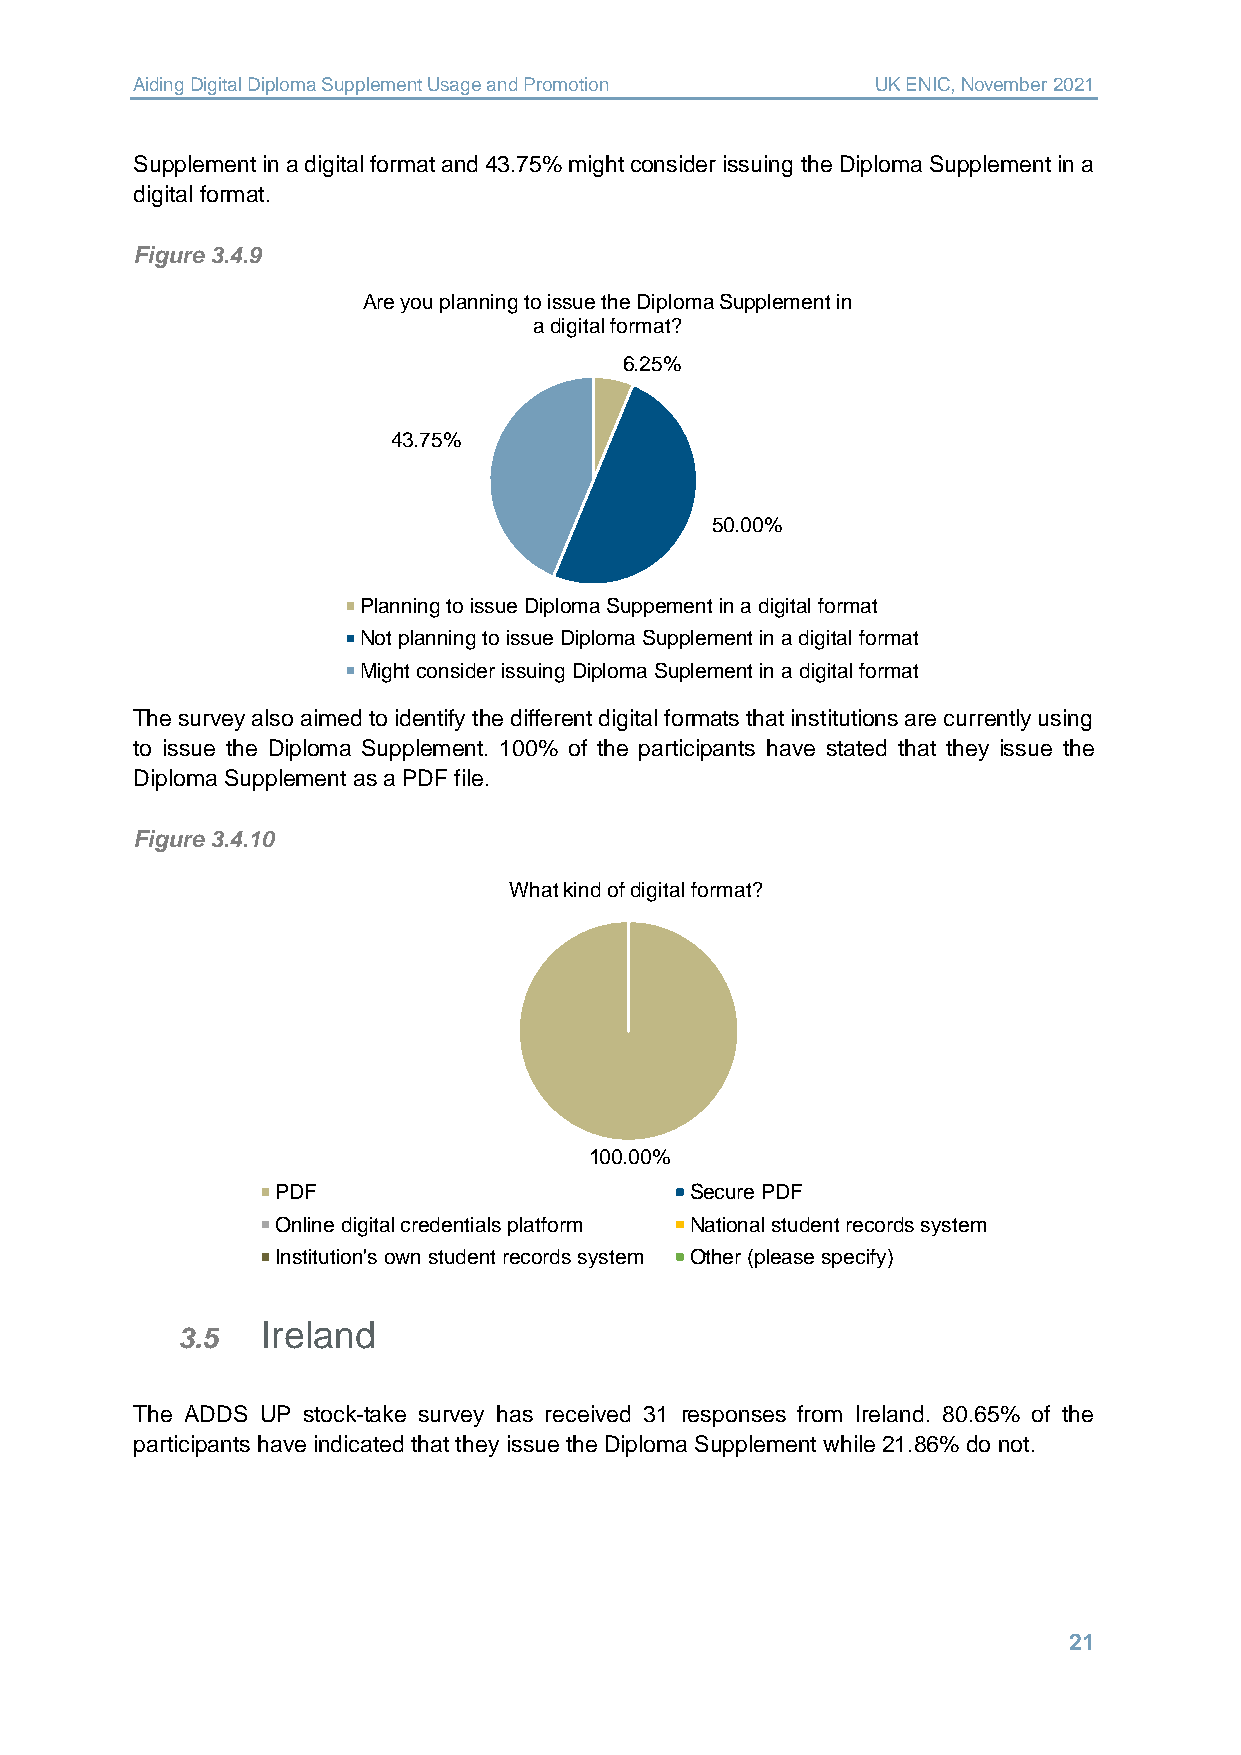
Aiding Digital Diploma Supplement Usage and Promotion UK ENIC, November 2021
 Supplement in a digital format and 43.75% might consider issuing the Diploma Supplement in a
 digital format.
 Figure 3.4.9
 Are you planning to issue the Diploma Supplement in
 a digital format?
 6.25%
 43.75%
 50.00%
 Planning to issue Diploma Suppement in a digital format
 Not planning to issue Diploma Supplement in a digital format
 Might consider issuing Diploma Suplement in a digital format
 The survey also aimed to identify the different digital formats that institutions are currently using
 to issue the Diploma Supplement. 100% of the participants have stated that they issue the
 Diploma Supplement as a PDF file.
 Figure 3.4.10
 What kind of digital format?
 100.00%
 PDF                         Secure PDF
 Online digital credentials platform National student records system
 Institution's own student records system Other (please specify)
 Ireland
 3.5
 The ADDS UP stock-take survey has received 31 responses from Ireland. 80.65% of the
 participants have indicated that they issue the Diploma Supplement while 21.86% do not.
 21